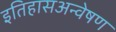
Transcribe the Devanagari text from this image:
इतिहासअन्वेषण